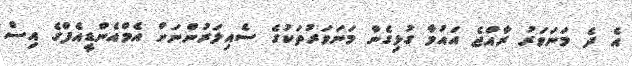
އެ ދެ މަނަވަރު ރާއްޖެ އައުމާ ގުޅިގެން މަނަވަރުތަކުގެ ސެއިލަރުންނަށް އެމްއެންޑީއެފްގެ އިސް